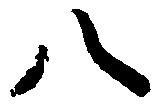
八